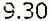
9.30